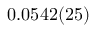
0 . 0 5 4 2 ( 2 5 )